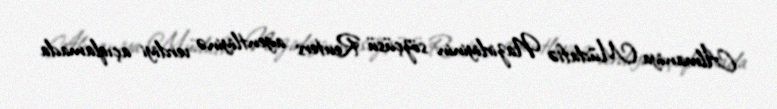
Almaniya Müdafiə Nazirliyinin sözçüsü Reuters agentliyinə verdiyi açıqlamada